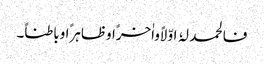
فالحمد لہُ اوّلاًواٰخرًاوظاہرًاوباطناً۔